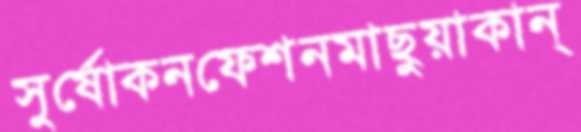
সুর্ষোকনফেশনমাছুয়াকান্